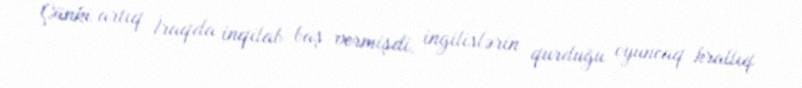
Çünki artıq İraqda inqilab baş vermişdi, ingilislərin qurduğu oyuncaq krallıq